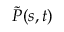
\tilde { P } ( s , t )